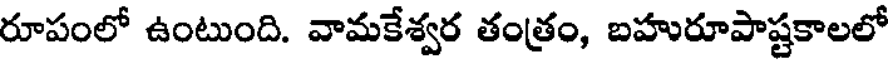
రూపంలో ఉంటుంది. వామకేశ్వర తంత్రం, బహురూపాష్టకాలలో